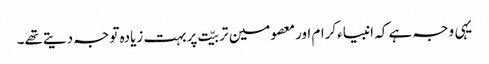
یہی وجہ ہے کہ انبیاءکرام اورمعصومین تربیّت پربہت زیادہ توجہ دیتےتھے۔